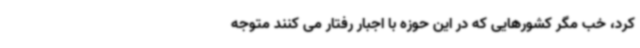
کرد، خب مگر کشورهایی که در این حوزه با اجبار رفتار می کنند متوجه